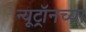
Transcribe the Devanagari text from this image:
न्यूट्रॉनच्या